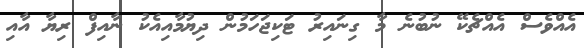
އެއްވެސް އެއްޗެކޭ ނުބުނެ މާ ގިނައިރު ޓަކިޖަހަމުން ދިޔުމާއިއެކު ނާއިފް ރިޔާ އާއި